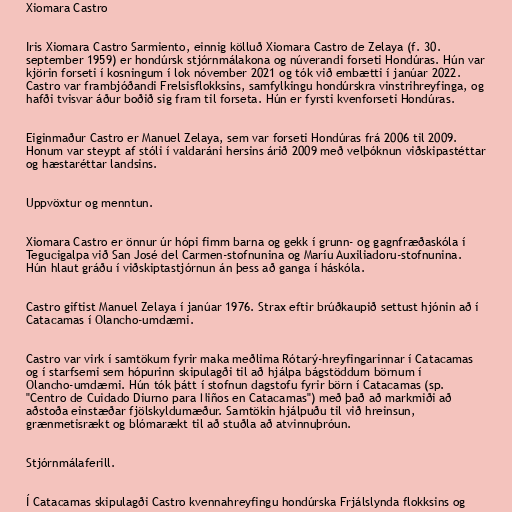
Xiomara Castro

Iris Xiomara Castro Sarmiento, einnig kölluð Xiomara Castro de Zelaya (f. 30.
september 1959) er hondúrsk stjórnmálakona og núverandi forseti Hondúras. Hún var
kjörin forseti í kosningum í lok nóvember 2021 og tók við embætti í janúar 2022.
Castro var frambjóðandi Frelsisflokksins, samfylkingu hondúrskra vinstrihreyfinga, og
hafði tvisvar áður boðið sig fram til forseta. Hún er fyrsti kvenforseti Hondúras.

Eiginmaður Castro er Manuel Zelaya, sem var forseti Hondúras frá 2006 til 2009.
Honum var steypt af stóli í valdaráni hersins árið 2009 með velþóknun viðskipastéttar
og hæstaréttar landsins.

Uppvöxtur og menntun.

Xiomara Castro er önnur úr hópi fimm barna og gekk í grunn- og gagnfræðaskóla í
Tegucigalpa við San José del Carmen-stofnunina og Maríu Auxiliadoru-stofnunina.
Hún hlaut gráðu í viðskiptastjórnun án þess að ganga í háskóla.

Castro giftist Manuel Zelaya í janúar 1976. Strax eftir brúðkaupið settust hjónin að í
Catacamas í Olancho-umdæmi.

Castro var virk í samtökum fyrir maka meðlima Rótarý-hreyfingarinnar í Catacamas
og í starfsemi sem hópurinn skipulagði til að hjálpa bágstöddum börnum í
Olancho-umdæmi. Hún tók þátt í stofnun dagstofu fyrir börn í Catacamas (sp.
"Centro de Cuidado Diurno para Niños en Catacamas") með það að markmiði að
aðstoða einstæðar fjölskyldumæður. Samtökin hjálpuðu til við hreinsun,
grænmetisrækt og blómarækt til að stuðla að atvinnuþróun.

Stjórnmálaferill.

Í Catacamas skipulagði Castro kvennahreyfingu hondúrska Frjálslynda flokksins og